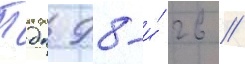
Пдп 98-и́ гв //